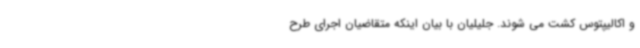
و اکالیپتوس کشت می شوند. جلیلیان با بیان اینکه متقاضیان اجرای طرح